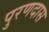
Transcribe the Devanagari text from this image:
पुरणदास